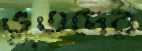
ভূতদের